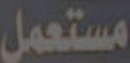
مستعمل